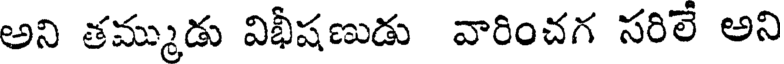
అని తమ్ముడు విభీషణుడు వారించగ సరిలే అని